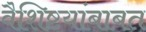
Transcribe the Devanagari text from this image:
वैशिष्टयांबाबत